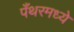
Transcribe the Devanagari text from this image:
पँथरमध्ये